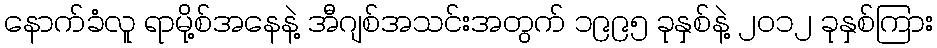
နောက်ခံလူ ရာမို့စ်အနေနဲ့ အီဂျစ်အသင်းအတွက် ၁၉၉၅ ခုနှစ်နဲ့ ၂၀၁၂ ခုနှစ်ကြား